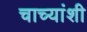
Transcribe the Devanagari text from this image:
चाच्यांशी